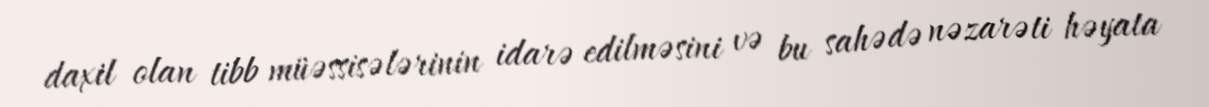
daxil olan tibb müəssisələrinin idarə edilməsini və bu sahədə nəzarəti həyata